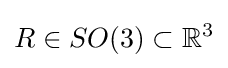
R\in SO(3)\subset \mathbb {R} ^{3}